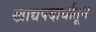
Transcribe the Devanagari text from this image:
खाद्यपदार्थातून